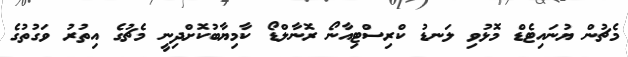
މެޗުން ޔުނައިޓެޑް މޮޅުވި ލަނޑު ކްރިސްޓިއާނޯ ރޮނާލްޑޯ ކާމިިޔާބުކޮށްދިނީ މެޗުގެ އިތުރު ވަގުތުގެ